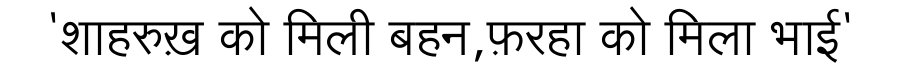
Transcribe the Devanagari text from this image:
'शाहरुख़ को मिली बहन,फ़रहा को मिला भाई'